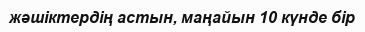
жәшіктердің астын, маңайын 10 күнде бір